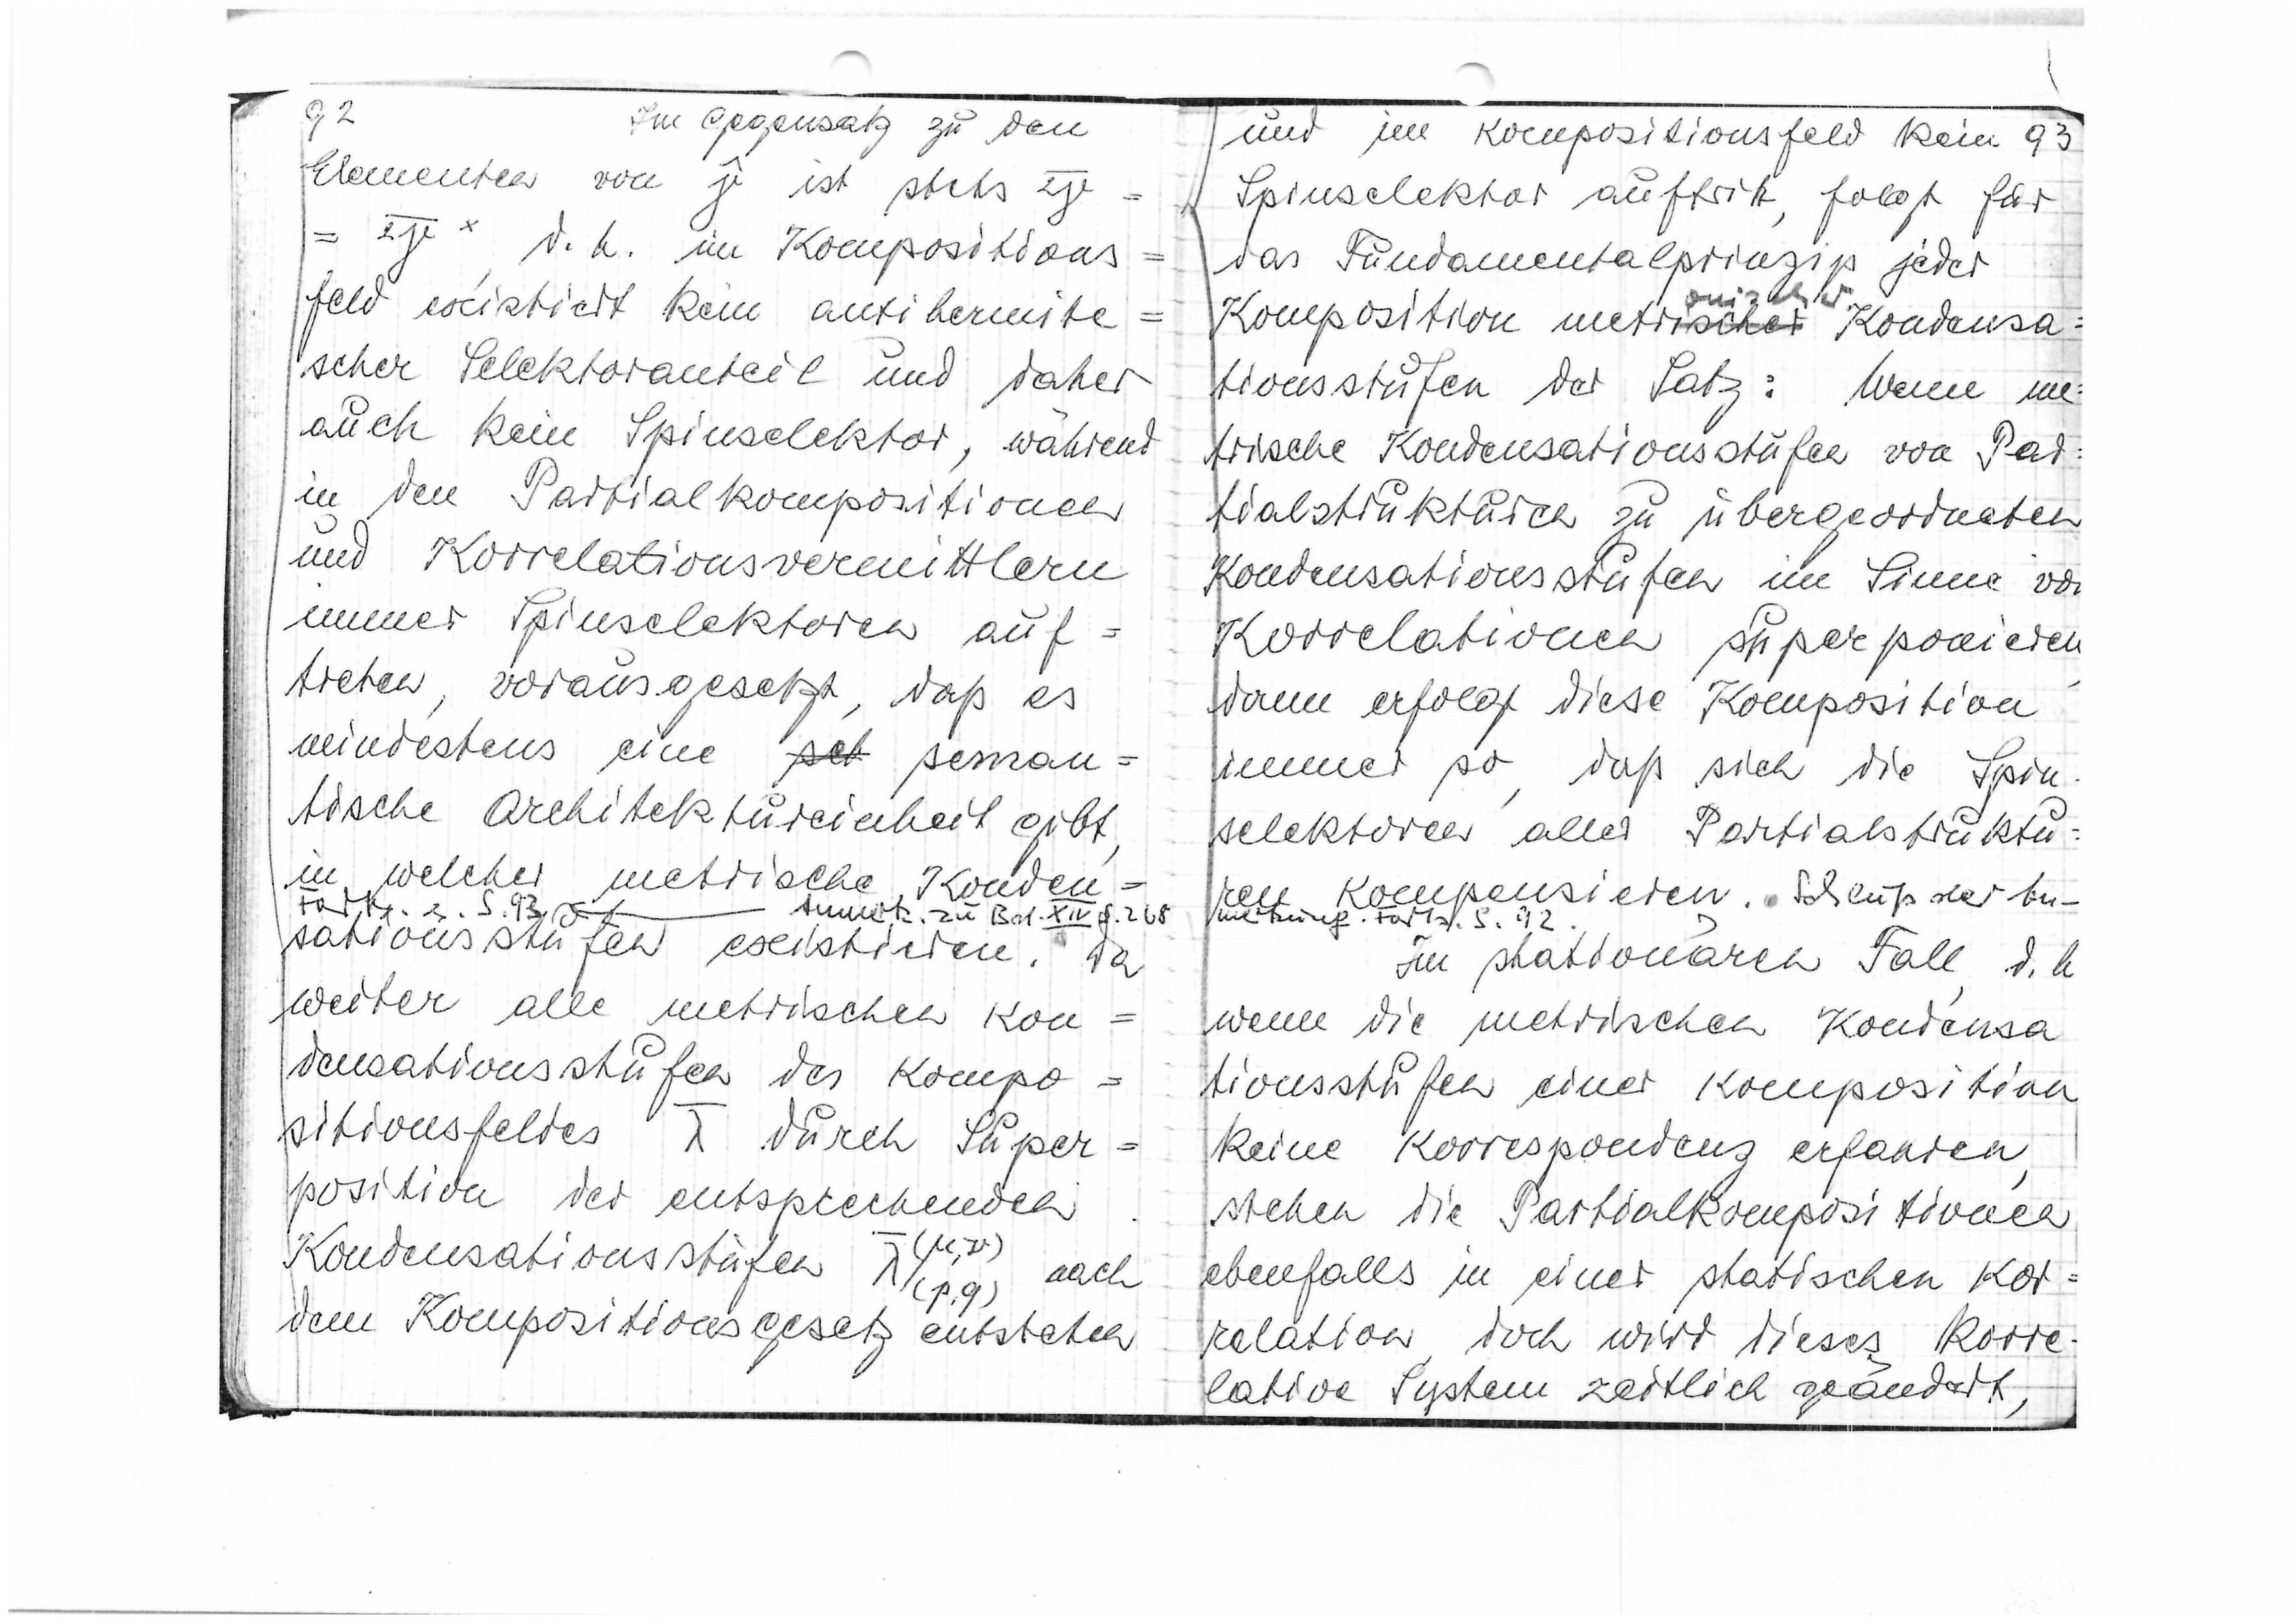
92
Im Gegensatz zu den
Elementen von

ist stets

d.h. im Kompositions=
feld existiert kein antihermite=
scher Selektoranteil und daher
auch kein Spinselektor, während
in den Partialkompositionen
und Korrelationsvermittlern
immer Spinselektoren auf
treten, vorausgesetzt, daß es
mindestens eine

seman=
tische Architektureinheit gibt,
in welcher metrische Konden=
Forts. z. S.93
Anmerk. zu Bd. XVI S.268
sationsstufen existieren. Da
weiter alle metrischen Kon=
densationsstufen des Kompo=
sitionsfeldes

durch Super=
position der entpsrechenden

Kondensationsstufen

nach
dem Kompositionsgesetz entstehen

93
und im Kompositionsfeld kein
Spinselektor auftritt, folgt für
das Fundamentalprinzip jeder
Komposition metr
ischer
onischer
Kondensa=
tionsstufen der Satz: Wenn me
trische Kondensationsstufen von Par
tialstrukturen zu übergeordneten
Kondensationsstufen im Sinne von
Korrelationen superponieren
dann erfolgt diese Komposition
immer so, daß sich die Spin
selektoren aller Partialstruktu=
ren kompensieren. Schluß der An-
merkung Forts. S. 92
Im stationären Fall, d.h.
wenn die metrischen Kondensa
tionsstufen einer Komposition
keine Korrespondenz erfahren,
stehen die Partialkompositionen
ebenfalls in einer statischen Kor=
relation, doch wird dieses korre
lative System zeitlich geändert,